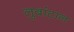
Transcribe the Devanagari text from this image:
लुबांटान